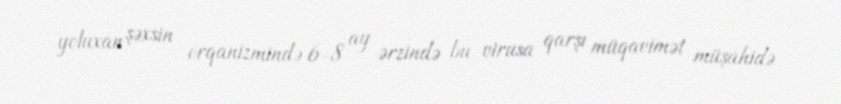
yoluxan şəxsin orqanizmində 6-8 ay ərzində bu virusa qarşı müqavimət müşahidə